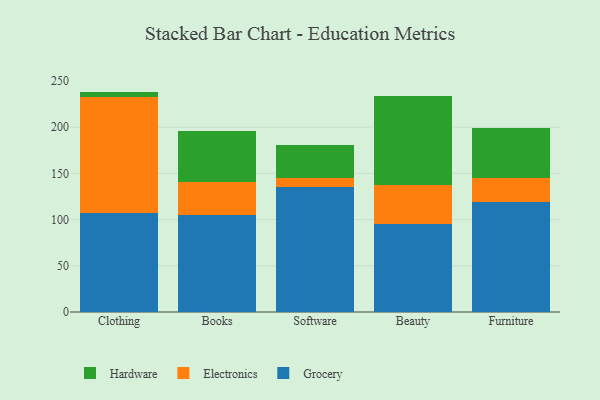
{"axis": {"x": "Category", "y": "Market Share (%)"}, "legend": ["Electronics", "Grocery", "Hardware"], "data": [{"x": "Clothing", "y": 106.7, "type": "Grocery"}, {"x": "Clothing", "y": 125.9, "type": "Electronics"}, {"x": "Clothing", "y": 5.9, "type": "Hardware"}, {"x": "Books", "y": 105.3, "type": "Grocery"}, {"x": "Books", "y": 35.9, "type": "Electronics"}, {"x": "Books", "y": 54.4, "type": "Hardware"}, {"x": "Software", "y": 134.8, "type": "Grocery"}, {"x": "Software", "y": 10.4, "type": "Electronics"}, {"x": "Software", "y": 35.1, "type": "Hardware"}, {"x": "Beauty", "y": 95.2, "type": "Grocery"}, {"x": "Beauty", "y": 42.0, "type": "Electronics"}, {"x": "Beauty", "y": 96.8, "type": "Hardware"}, {"x": "Furniture", "y": 119.5, "type": "Grocery"}, {"x": "Furniture", "y": 25.4, "type": "Electronics"}, {"x": "Furniture", "y": 54.2, "type": "Hardware"}]}